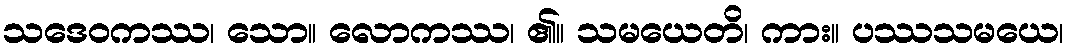
သဒေဝကဿ၊ သော။ လောကဿ၊ ၏။ သမယေတိ၊ ကား။ ပဿသမယေ၊